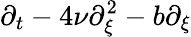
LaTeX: \partial_{t}-4\nu\partial_{\xi}^{2}-b\partial_{\xi}